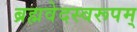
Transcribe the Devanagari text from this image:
ब्रह्मवेदस्वरूपम्